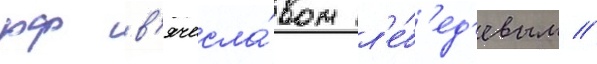
рф в'ячесла́вом л'е́б'ед'евым //